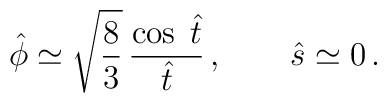
{\hat \phi} \simeq \sqrt{\frac{8}{3}} \, \frac{\cos\;{\hat t}}{{\hat t}}\,,\qquad {\hat s} \simeq 0\,.